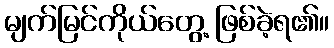
မျက်မြင်ကိုယ်တွေ့ ဖြစ်ခဲ့ရ၏။